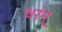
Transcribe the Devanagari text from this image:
थर॑न्